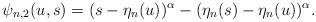
LaTeX: \begin{align*} \psi_{n,2}(u,s)=(s-\eta_n(u))^{\alpha}-(\eta_n(s)-\eta_n(u))^{\alpha}.\end{align*}